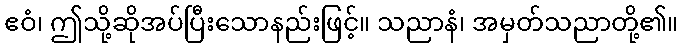
ဧဝံ၊ ဤသို့ဆိုအပ်ပြီးသောနည်းဖြင့်။ သညာနံ၊ အမှတ်သညာတို့၏။